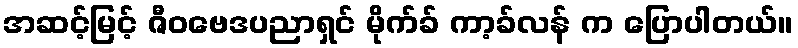
အဆင့်မြင့် ဇီဝဗေဒပညာရှင် မိုက်ခ် ကာ့ခ်လန် က ပြောပါတယ်။